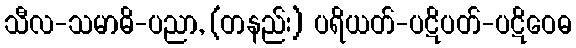
သီလ-သမာဓိ-ပညာ, (တနည်း) ပရိယတ်-ပဋိပတ်-ပဋိဝေဓ